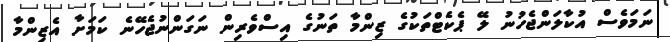
ނަމަވެސް އުކާލަންޖެހުނު ލޭ ޕެކެޓްތަކުގެ ޒިންމާ ތަނުގެ އިސްވެރިން ނަގަންނުޖެހޭނެ ކަމަށާ އެޒިންމާ